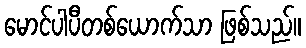
မောင်ပါပီတစ်ယောက်သာ ဖြစ်သည်။